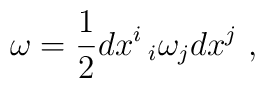
\omega=\displaystyle\frac{1}{2}dx^i\, _i\omega_j dx^j~,